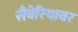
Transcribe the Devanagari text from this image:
सैबेरियावर